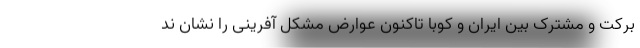
برکت و مشترک بین ایران و کوبا تاکنون عوارض مشکل آفرینی را نشان ند